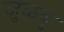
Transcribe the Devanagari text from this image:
जुळवु